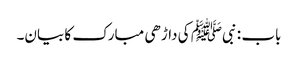
باب : نبیﷺ کی داڑھی مبارک کا بیان۔